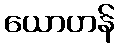
ယောဟန်